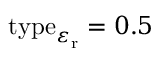
\mathrm { t y p e } _ { \varepsilon _ { \mathrm { r } } } = 0 . 5